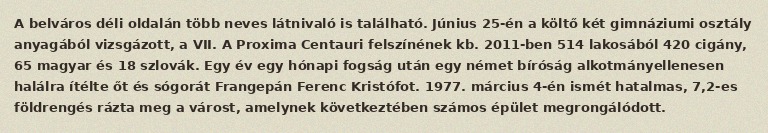
A belváros déli oldalán több neves látnivaló is található. Június 25-én a költő két gimnáziumi osztály anyagából vizsgázott, a VII. A Proxima Centauri felszínének kb. 2011-ben 514 lakosából 420 cigány, 65 magyar és 18 szlovák. Egy év egy hónapi fogság után egy német bíróság alkotmányellenesen halálra ítélte őt és sógorát Frangepán Ferenc Kristófot. 1977. március 4-én ismét hatalmas, 7,2-es földrengés rázta meg a várost, amelynek következtében számos épület megrongálódott.